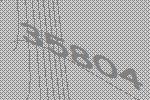
35804